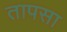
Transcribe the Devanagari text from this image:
तापसा